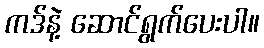
ကဒ်နဲ့ ဆောင်ရွက်ပေးပါ။